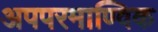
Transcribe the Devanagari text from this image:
अपपरमाण्विक